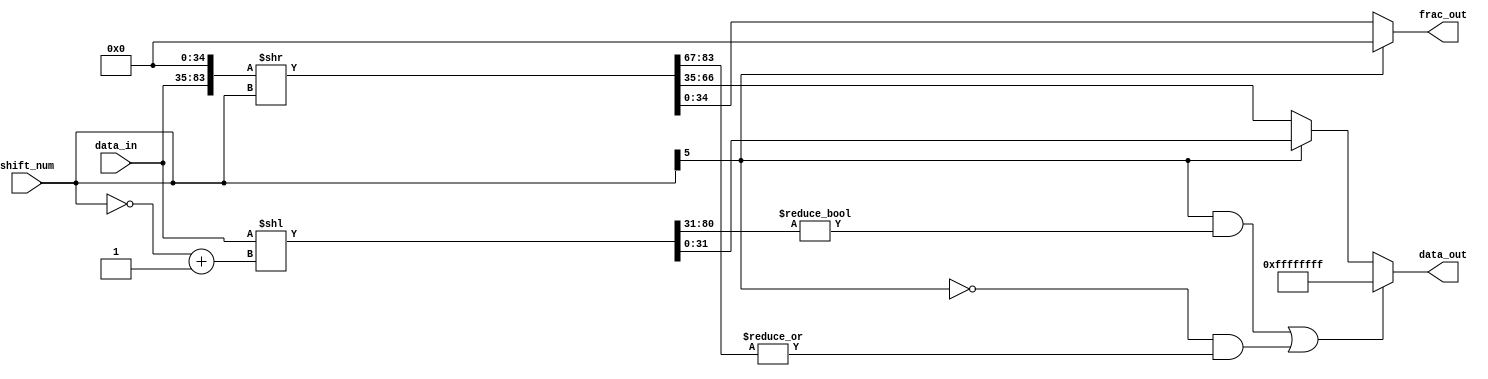
// ================================================================
// NVDLA Open Source Project
//
// Copyright(c) 2016 - 2017 NVIDIA Corporation. Licensed under the
// NVDLA Open Hardware License; Check "LICENSE" which comes with
// this distribution for more information.
// ================================================================
module NV_NVDLA_HLS_shiftrightusz (
   data_in
  ,shift_num
  ,data_out
  ,frac_out
  );
parameter IN_WIDTH = 49;
parameter OUT_WIDTH = 32;
parameter FRAC_WIDTH = 35; //suppose FRAC_WIDTH > IN_WIDTH > OUT_WIDTH
parameter SHIFT_WIDTH = 6;
parameter SHIFT_MAX = 1<<(SHIFT_WIDTH-1);
parameter HIGH_WIDTH = SHIFT_MAX+IN_WIDTH-OUT_WIDTH;
input [IN_WIDTH-1:0] data_in; //unsigned int
input [SHIFT_WIDTH-1:0] shift_num; //signed int
output [OUT_WIDTH-1:0] data_out;
output [FRAC_WIDTH-1:0] frac_out;
wire [SHIFT_WIDTH-1:0] shift_num_abs;
wire [OUT_WIDTH-1:0] data_shift_l;
wire [HIGH_WIDTH-1:0] data_high;
wire [IN_WIDTH-1:0] data_shift_r;
wire [FRAC_WIDTH-1:0] frac_shift;
wire [OUT_WIDTH-1:0] data_max;
wire left_shift_sat;
wire right_shift_sat;
wire shift_sign;
// synoff nets
// monitor nets
// debug nets
// tie high nets
// tie low nets
// no connect nets
// not all bits used nets
// todo nets
//shift left
assign shift_sign = shift_num[SHIFT_WIDTH-1];
assign shift_num_abs[SHIFT_WIDTH-1:0] = ~shift_num[SHIFT_WIDTH-1:0] + 1;
assign {data_high[((HIGH_WIDTH) - 1):0],data_shift_l[((OUT_WIDTH) - 1):0]} = {{SHIFT_MAX{1'b0}},data_in} << shift_num_abs[((SHIFT_WIDTH) - 1):0];
assign left_shift_sat = shift_sign & {data_high[((HIGH_WIDTH) - 1):0],data_shift_l[OUT_WIDTH-1]} != {(HIGH_WIDTH+1){1'b0}};
//shift right
assign {data_shift_r[((IN_WIDTH) - 1):0],frac_shift[((FRAC_WIDTH) - 1):0]} = {data_in[((IN_WIDTH) - 1):0],{(FRAC_WIDTH){1'b0}}} >> shift_num[((SHIFT_WIDTH) - 1):0];
assign right_shift_sat = !shift_sign & (|data_shift_r[IN_WIDTH-1:OUT_WIDTH]);
assign data_max = {(OUT_WIDTH){1'b1}};
//final out
assign data_out[((OUT_WIDTH) - 1):0] = (left_shift_sat | right_shift_sat) ? data_max : shift_sign ? data_shift_l[((OUT_WIDTH) - 1):0] : data_shift_r[((OUT_WIDTH) - 1):0];
assign frac_out[((FRAC_WIDTH) - 1):0] = shift_sign ? {FRAC_WIDTH{1'b0}} : frac_shift[((FRAC_WIDTH) - 1):0];
endmodule // NV_NVDLA_HLS_shiftrightusz